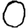
Digit: 0